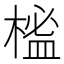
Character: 榓